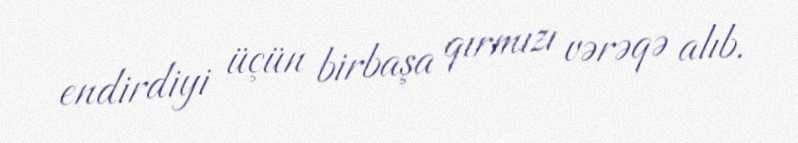
endirdiyi üçün birbaşa qırmızı vərəqə alıb.